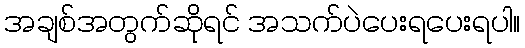
အချစ်အတွက်ဆိုရင် အသက်ပဲပေးရပေးရပါ။